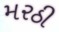
મરઠી